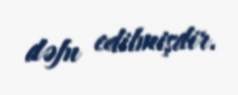
dəfn edilmişdir.